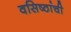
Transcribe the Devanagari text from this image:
वसिष्ठांची